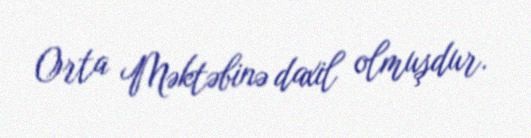
Orta Məktəbinə daxil olmuşdur.